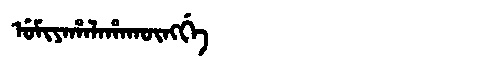
Manchu: ᡠᠮᡳᠶᠠᡥᠠᠯᠠᡥᠠᡴᡡᠩᡤᡝ
Romanization: UMIYAHALAHAKŪNGGE